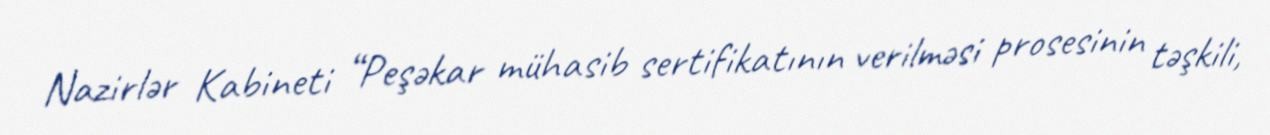
Nazirlər Kabineti “Peşəkar mühasib sertifikatının verilməsi prosesinin təşkili,